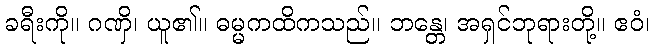
ခရီးကို။ ဂဏှိ၊ ယူ၏။ ဓမ္မကထိကသည်။ ဘန္တေ၊ အရှင်ဘုရားတို့။ ဧဝံ၊